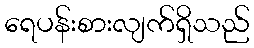
ရေပန်းစားလျက်ရှိသည်